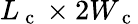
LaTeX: L_{\mathrm{~c~}}\times 2W_{\mathrm{~c~}}